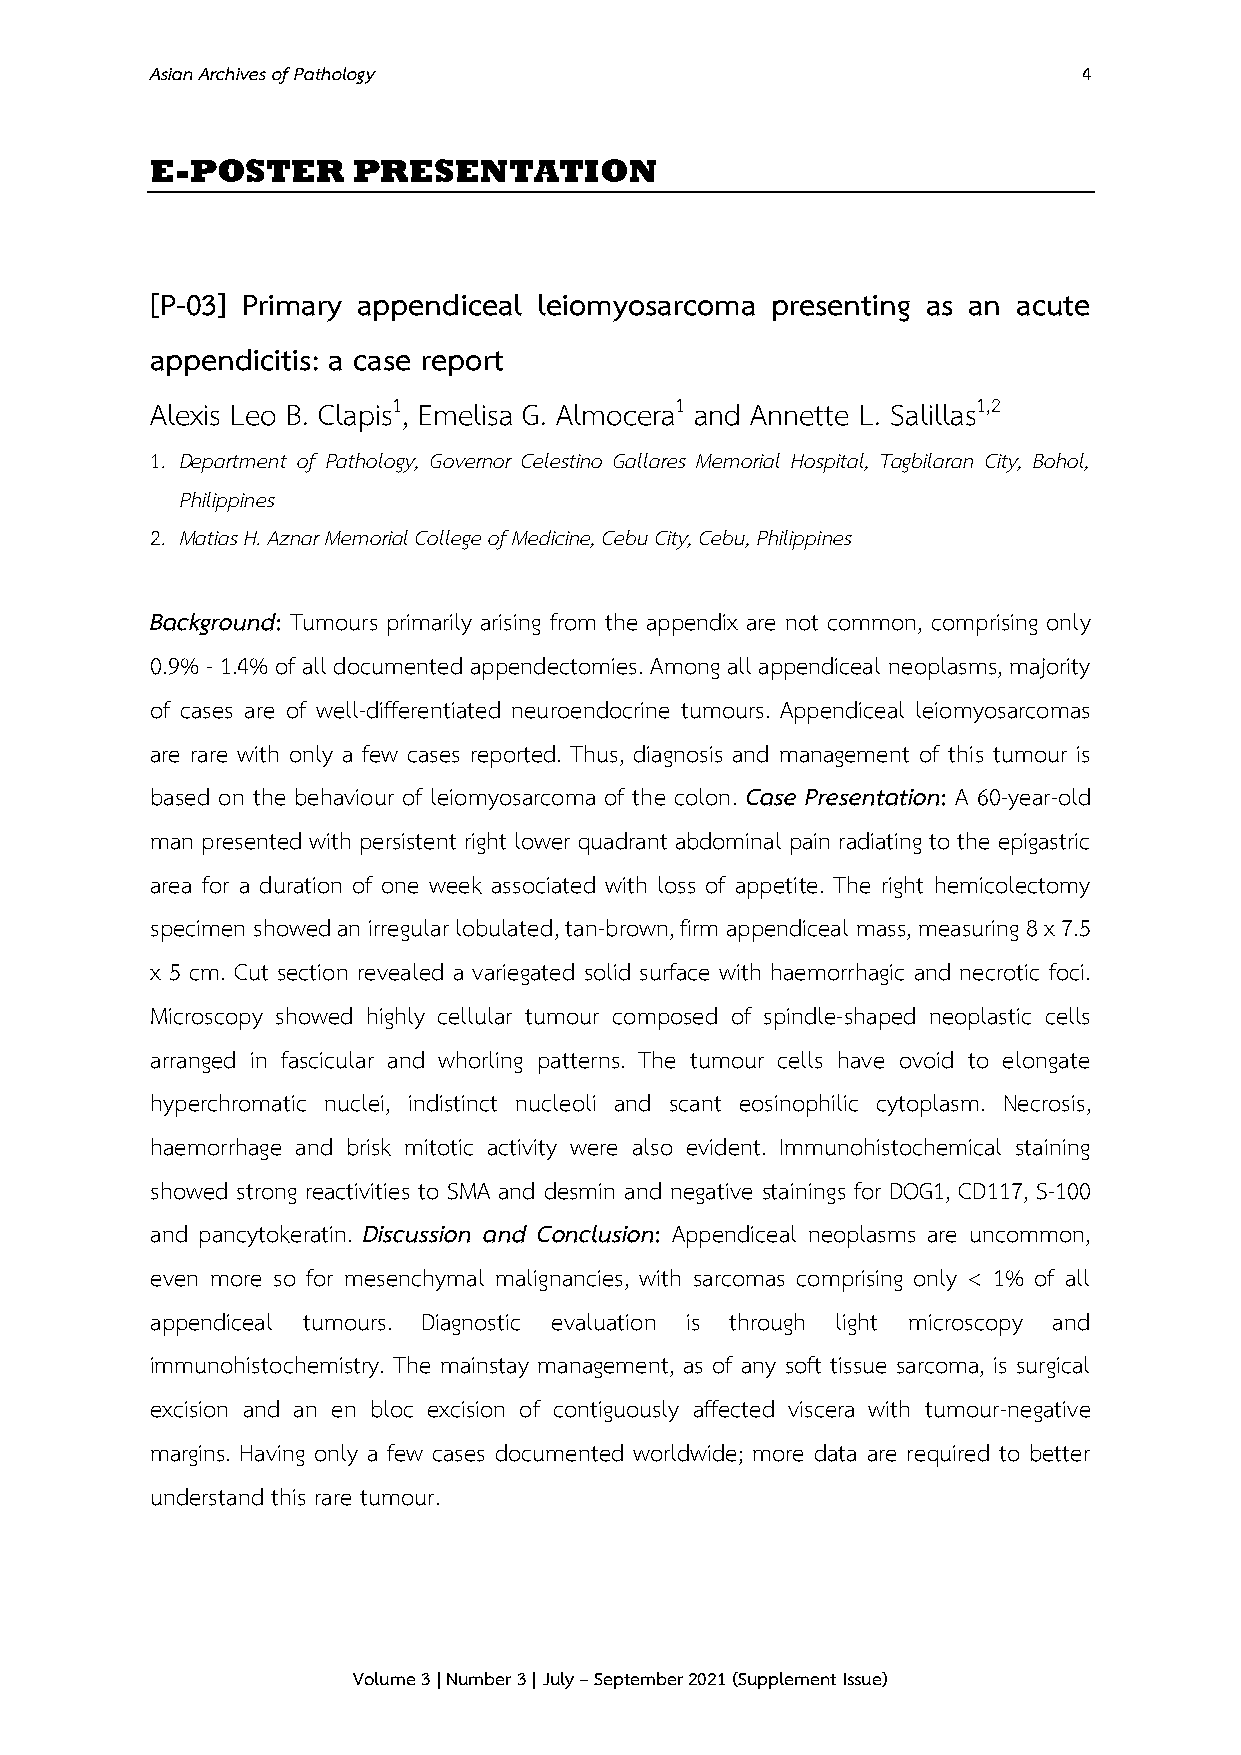
Asian Archives of Pathology                                   4
 E-POSTER     PRESENTATION
 [P-03] Primary appendiceal leiomyosarcoma presenting as an acute
 appendicitis: a case report
 Alexis Leo B. Clapis1, Emelisa G. Almocera1 and Annette L. Salillas1,2
 1. Department of Pathology, Governor Celestino Gallares Memorial Hospital, Tagbilaran City, Bohol,
 Philippines
 2. Matias H. Aznar Memorial College of Medicine, Cebu City, Cebu, Philippines
 Background: Tumours primarily arising from the appendix are not common, comprising only
 0.9% - 1.4% of all documented appendectomies. Among all appendiceal neoplasms, majority
 of cases are of well-differentiated neuroendocrine tumours. Appendiceal leiomyosarcomas
 are rare with only a few cases reported. Thus, diagnosis and management of this tumour is
 based on the behaviour of leiomyosarcoma of the colon. Case Presentation: A 60-year-old
 man presented with persistent right lower quadrant abdominal pain radiating to the epigastric
 area for a duration of one week associated with loss of appetite. The right hemicolectomy
 specimen showed an irregular lobulated, tan-brown, firm appendiceal mass, measuring 8 x 7.5
 x 5 cm. Cut section revealed a variegated solid surface with haemorrhagic and necrotic foci.
 Microscopy showed highly cellular tumour composed of spindle-shaped neoplastic cells
 arranged in fascicular and whorling patterns. The tumour cells have ovoid to elongate
 hyperchromatic nuclei, indistinct nucleoli and scant eosinophilic cytoplasm. Necrosis,
 haemorrhage and brisk mitotic activity were also evident. Immunohistochemical staining
 showed strong reactivities to SMA and desmin and negative stainings for DOG1, CD117, S-100
 and pancytokeratin. Discussion and Conclusion: Appendiceal neoplasms are uncommon,
 even more so for mesenchymal malignancies, with sarcomas comprising only < 1% of all
 appendiceal tumours. Diagnostic evaluation is through light microscopy and
 immunohistochemistry. The mainstay management, as of any soft tissue sarcoma, is surgical
 excision and an en bloc excision of contiguously affected viscera with tumour-negative
 margins. Having only a few cases documented worldwide; more data are required to better
 understand this rare tumour.
 Volume 3 | Number 3 | July – September 2021 (Supplement Issue)